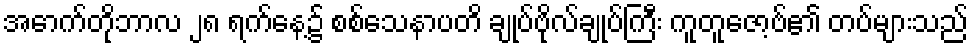
အောက်တိုဘာလ ၂၈ ရက်နေ့၌ စစ်သေနာပတိ ချုပ်ဗိုလ်ချုပ်ကြီး ကူတူဇော့ဗ်၏ တပ်များသည်